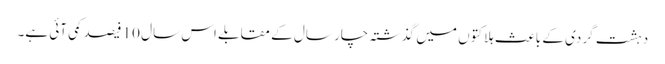
دہشت گردی کے باعث ہلاکتوں میں گذشتہ چار سال کے مقابلے اس سال 10 فیصد کمی آئی ہے۔